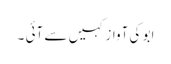
ابو کی آواز کہیں سے آئی ۔